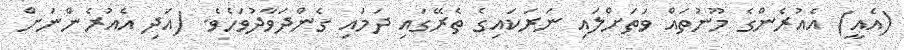
(އެއީ) އެއުރެންގެ މޫނުތައް ވަތަށްލައި ނަރަކައިގެ ތެރޭގައި ދަމައި ގެންދަވާދުވަހެވެ. (އަދި އެއުރެންނަށް